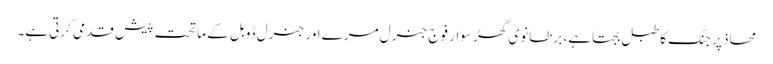
محاذ پر جنگ کا طبل بجتا ہے، برطانوی گھڑ سوار فوج جنرل مرے اور جنرل ڈوبل کے ماتحت پیش قدمی کرتی ہے۔